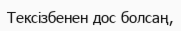
Тексізбенен дос болсаң,